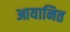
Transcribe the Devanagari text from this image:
आयानित